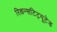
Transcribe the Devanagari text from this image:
रिकन्सटिट्यूटेड